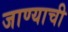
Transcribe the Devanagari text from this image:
जाण्‍याची